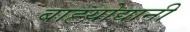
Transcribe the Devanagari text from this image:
बाह्य़ोद्यानी